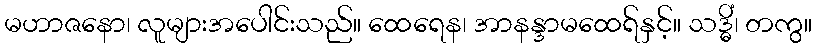
မဟာဇနော၊ လူများအပေါင်းသည်။ ထေရေန၊ အာနန္ဒာမထေရ်နှင့်။ သဒ္ဓိံ၊ တကွ။